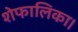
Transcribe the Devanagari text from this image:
शेफालिका।